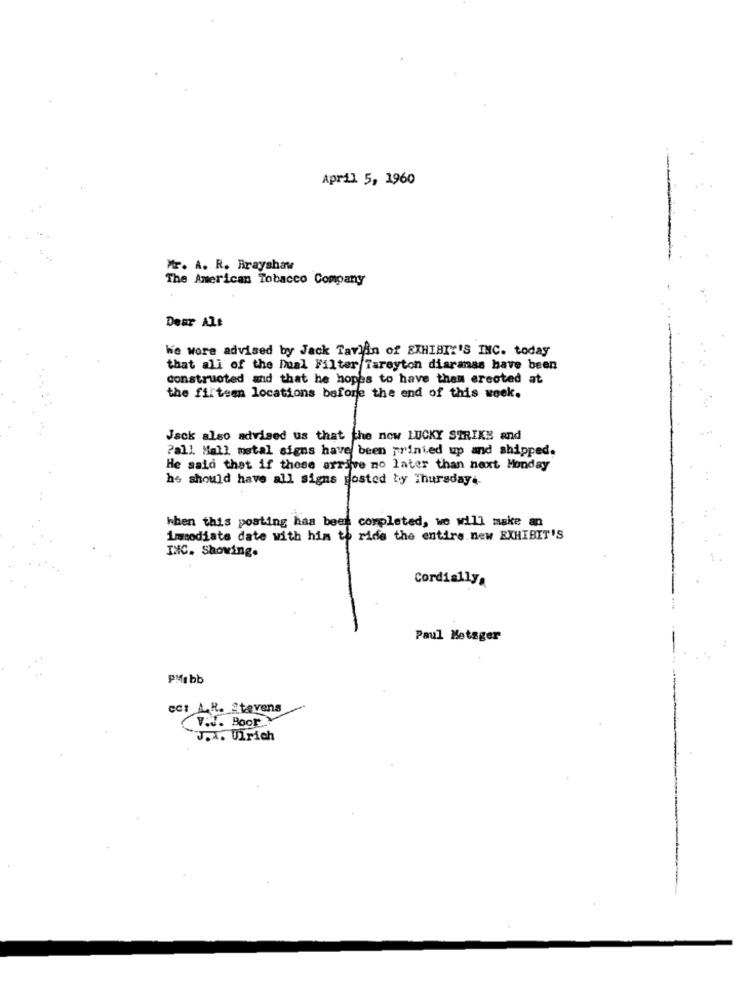
April 5, 1960
Mr. A. R. Brayshaw
The American Tobacco Company
Dear Alt
We wore advised by Jack Tavlan of EXHIBIT'S INC. today
that all of the Dual Filter Tareyton diaranss have been
constructed and that he hopes to have them erected at
the fifteen locations before the end of this week.
Jack also advised us that the now LUCKY STRIKE and
?all. Mall metal signs have been printed up and shipped.
He said that if those arrive no later than next Monday
he should have all signs posted by Thursday ..
When this posting has been completed, we will make an
immediate date with him to ride the entire new EXHIBIT'S
INC. Showing.
Cordially
Paul Metager
PMf bb
CC: A.R. Stevens
V.J. Boor
J.A. Ulrich